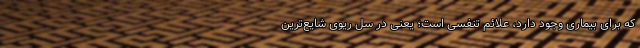
که برای بیماری وجود دارد، علائم تنفسی است؛ یعنی در سل ریوی شایع‌ترین